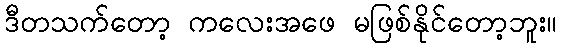
ဒီတသက်တော့ ကလေးအဖေ မဖြစ်နိုင်တော့ဘူး။